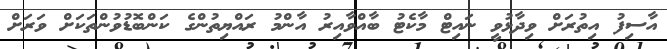
އާސިފު އިތުރަށް ވިދާޅުވީ ނައިޓް މާކެޓު ބާއްވާއިރު އާންމު ރައްޔިތުންގެ ކަންބޮޑުވުންތަކަށް ވަރަށް